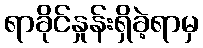
ရာခိုင်နှုန်းရှိခဲ့ရာမှ